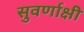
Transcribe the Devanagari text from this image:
सुवर्णाक्षी